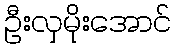
ဦးလှမိုးအောင်